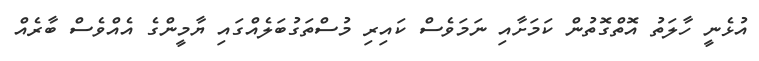
އުޅެނީ ހާލަތު އޮތްގޮތުން ކަމަށާއި ނަމަވެސް ކައިރި މުސްތަގުބަލެއްގައި ޔާމީންގެ އެއްވެސް ބާރެއް